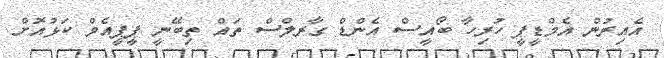
އެއިރުން އެމްޑީޕީ ހުރިހާ ބޯއީސް އެންޑް ގާރލްސް ތައް ތިބޭނީ ޕީޕީއެމް ކަޅުއޮށް